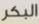
البكر